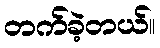
တက်ခဲ့တယ်။